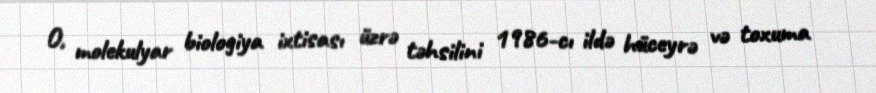
O, molekulyar biologiya ixtisası üzrə təhsilini 1986-cı ildə hüceyrə və toxuma